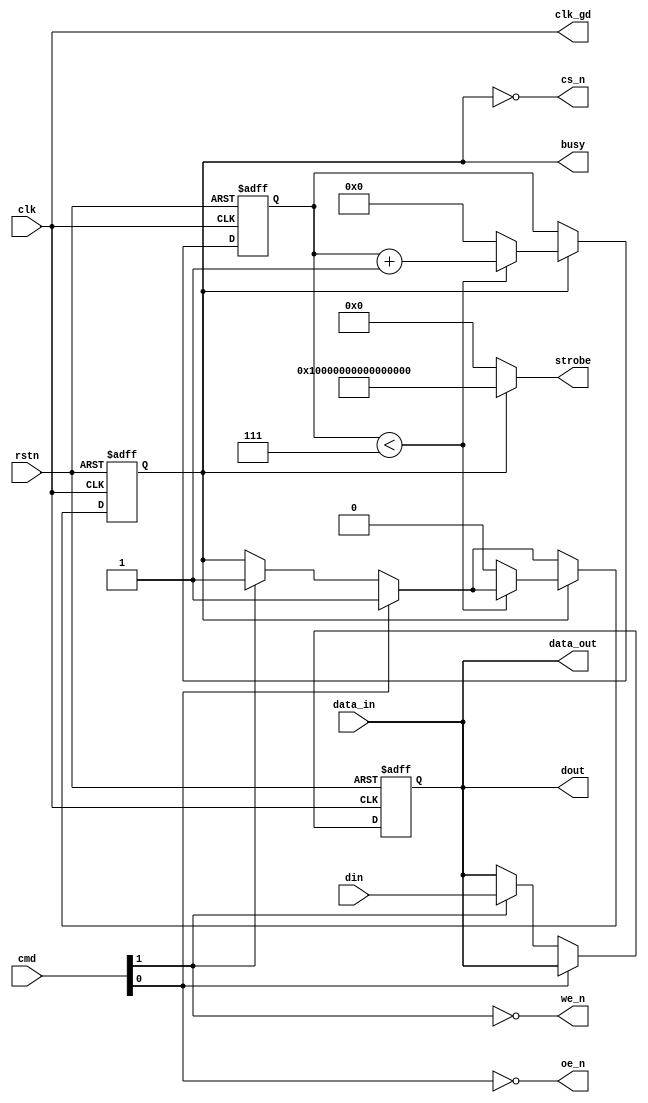
module GDDR_IO_Block #(
    parameter DATA_WIDTH = 64,        // Configurable data bus width
    parameter BURST_LENGTH = 8         // Configurable burst length
)(
    input wire clk,                   // System clock
    input wire rstn,                  // Active low reset
    input wire [DATA_WIDTH-1:0] din,  // Data input from memory controller
    output wire [DATA_WIDTH-1:0] dout, // Data output to memory controller
    input wire [(DATA_WIDTH/8)-1:0] cmd, // Command signals (READ/WRITE/PRECHARGE)
    output wire busy,                 // Busy signal during operation
    output wire [DATA_WIDTH-1:0] data_out, // Data output for GDDR memory
    input wire [DATA_WIDTH-1:0] data_in, // Data input from GDDR memory
    output wire cs_n,                 // Chip select (active low)
    output wire we_n,                 // Write enable (active low)
    output wire oe_n,                 // Output enable (active low)
    output wire clk_gd,               // GDDR clock
    output wire [DATA_WIDTH-1:0] strobe // Strobe signals for data transfer
);

    // Internal signals
    reg [DATA_WIDTH-1:0] data_buffer; // Buffer for data
    reg [3:0] burst_counter;           // Burst counter
    reg busy_reg;                      // Internal busy register

    // Command execution
    always @(posedge clk or negedge rstn) begin
        if (!rstn) begin
            busy_reg <= 1'b0;
            burst_counter <= 0;
            data_buffer <= 0;
        end else begin
            if (cmd[0]) begin // Example: Check READ command
                busy_reg <= 1'b1;
                data_buffer <= data_in; // Read data from GDDR
            end else if (cmd[1]) begin // Example: Check WRITE command
                busy_reg <= 1'b1;
                data_buffer <= din; // Write data to GDDR
            end
            // Burst logic
            if (busy_reg) begin
                if (burst_counter < BURST_LENGTH - 1) begin
                    burst_counter <= burst_counter + 1;
                end else begin
                    busy_reg <= 1'b0; // Complete transaction
                    burst_counter <= 0;
                end
            end
        end
    end

    // Assign outputs
    assign busy = busy_reg;
    assign dout = data_buffer; // Output to memory controller
    assign data_out = data_buffer; // Data to GDDR memory
    assign data_in = dout; // Data read from GDDR memory
    assign cs_n = !busy_reg; // Chip select logic
    assign we_n = !cmd[1]; // Write enable logic
    assign oe_n = !cmd[0]; // Output enable logic
    assign clk_gd = clk; // Pass system clock to GDDR
    assign strobe = busy_reg ? {DATA_WIDTH{1'b1}} : {DATA_WIDTH{1'b0}}; // Strobe logic based on busy

endmodule